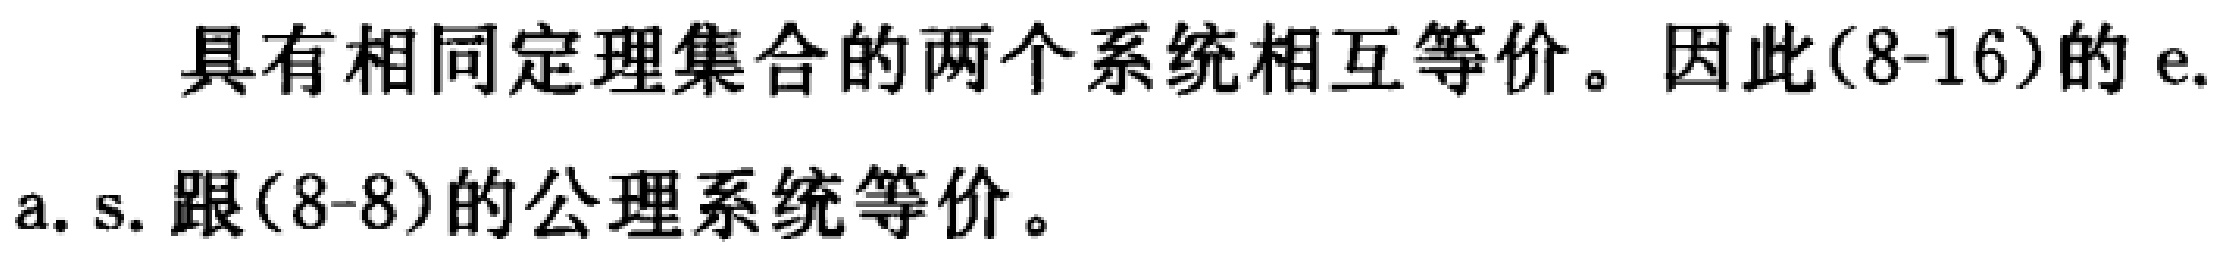
具有相同定理集合的两个系统相互等价。因此(8-16)的e.a. s. 跟(8-8)的公理系统等价。